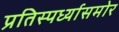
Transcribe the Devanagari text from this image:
प्रतिस्पर्ध्यासमोर